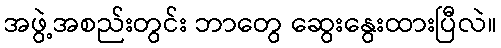
အဖွဲ့အစည်းတွင်း ဘာတွေ ဆွေးနွေးထားပြီလဲ။